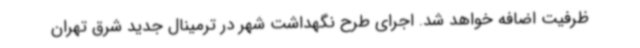
ظرفیت اضافه خواهد شد. اجرای طرح نگهداشت شهر در ترمینال جدید شرق تهران